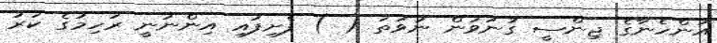
އަންހެނާގެ ޖިންސީ ގުނަވަން ނުވަތަ ( ) ފެށިފައި އިންނަނީ ރަހިމުގެ ކަރު